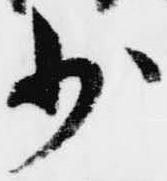
少